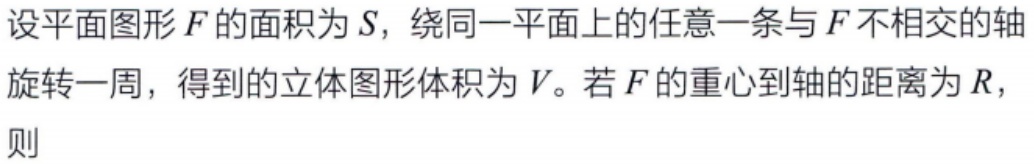
设平面图形\(F\)的面积为\(S\)，绕同一平面上的任意一条与\(F\)不相交的轴旋转一周，得到的立体图形体积为\(V\)。若\(F\)的重心到轴的距离为\(R\)，则